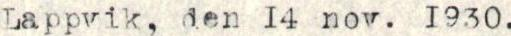
Lappvik, den 14 nov. 1930.